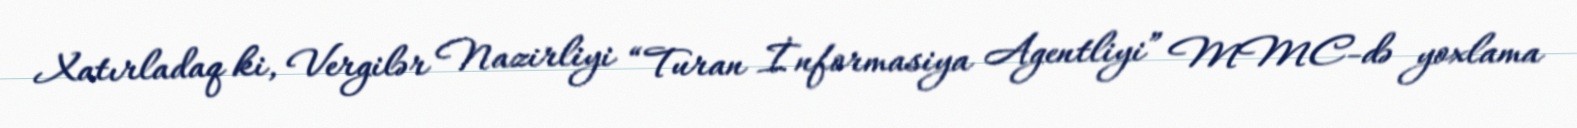
Xatırladaq ki, Vergilər Nazirliyi “Turan İnformasiya Agentliyi” MMC-də yoxlama